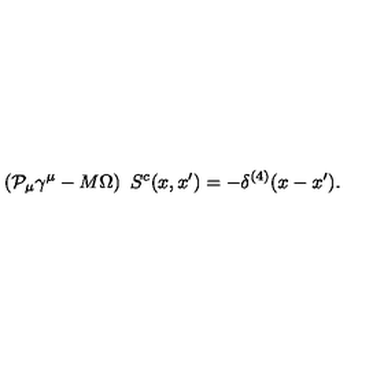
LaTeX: \left( { \cal P } _ { \mu } \gamma ^ { \mu } - M \Omega \right) \ S ^ { c } ( x , x ^ { \prime } ) = - \delta ^ { ( 4 ) } ( x - x ^ { \prime } ) .